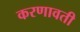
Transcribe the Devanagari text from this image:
करणावती